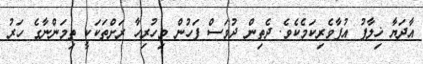
އާދަޔާ ޚިލާފު އުފާވެރިކަމެކެވެ. ދެތިން ދުވަސް ފަހުން މިހުރިހާ ރަށްތަކަކީ ތިމަންނާގެ ހަރު